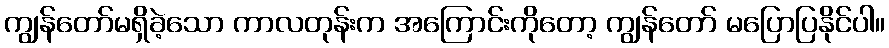
ကျွန်တော်မရှိခဲ့သော ကာလတုန်းက အကြောင်းကိုတော့ ကျွန်တော် မပြောပြနိုင်ပါ။